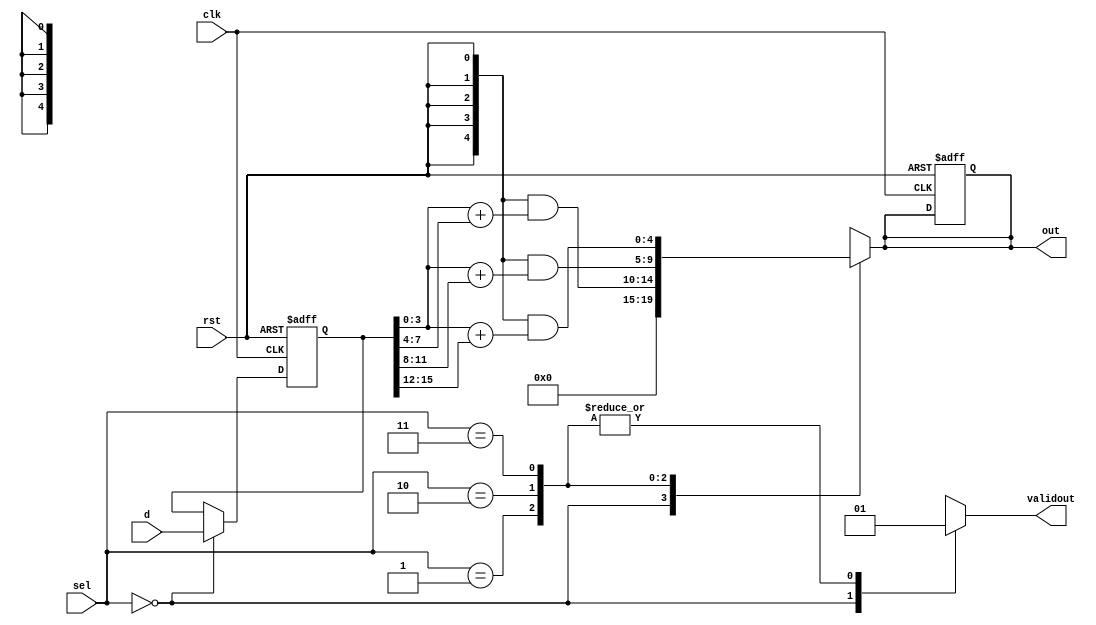
`timescale 1ns/1ns

module data_cal(
input clk,
input rst,
input [15:0]d,
input [1:0]sel,

output reg[4:0]out,
output reg validout
);
//*************code***********//
reg [15:0]i_data; 

always@(posedge clk or negedge rst)begin
    if(!rst)begin
        i_data<=0;
        out<=0;
    end
    else if(sel==2'd0) i_data<=d;
end

always@(*)begin
    case(sel)
        2'd0:begin
            out = 0;
            validout = 0;
        end 
        2'd1:begin
            out = {5{rst}}&(i_data[3:0] + i_data[7:4]);
            validout = 1;
        end
        2'd2:begin
            out = {5{rst}}&(i_data[3:0] + i_data[11:8]);
            validout = 1;
        end
        2'd3:begin
            out = {5{rst}}&(i_data[3:0] + i_data[15:12]);
            validout = 1;
        end
    endcase
end
//*************code***********//
endmodule